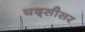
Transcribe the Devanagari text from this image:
घद्सीसर